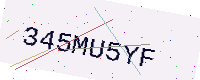
Text: 345MU5YF